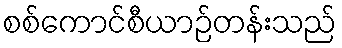
စစ်ကောင်စီယာဉ်တန်းသည်